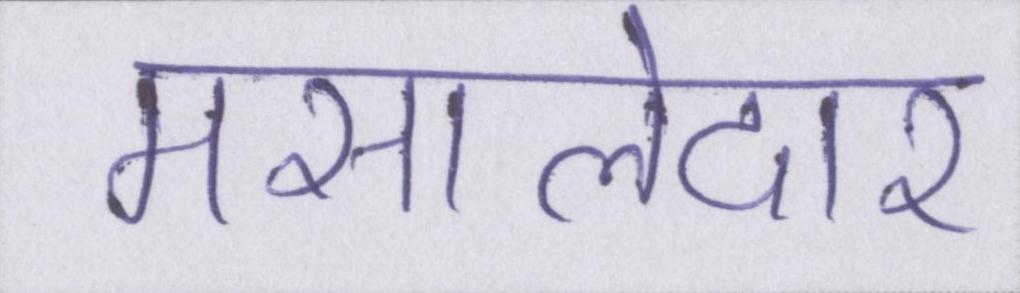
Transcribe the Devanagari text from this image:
मसालेदार